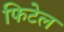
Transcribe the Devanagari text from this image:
फिटेल